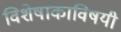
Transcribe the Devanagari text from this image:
विशेषांकाविषयी